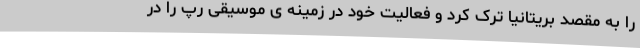
را به مقصد بریتانیا ترک کرد و فعالیت خود در زمینه ی موسیقی رپ را در